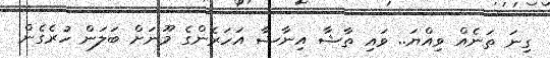
ގިނަ ތަނެއް ވިއްޔަ.. ވައި ތާޝާ އިނާޝާ އަހަރެންގެ މޫނަށް ބަލަން ހުރެގެން